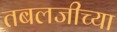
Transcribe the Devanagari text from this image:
तबलजीच्या